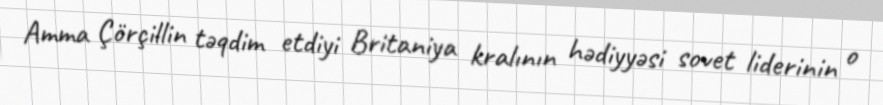
Amma Çörçillin təqdim etdiyi Britaniya kralının hədiyyəsi sovet liderinin o